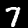
Digit: 7